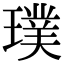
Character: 璞